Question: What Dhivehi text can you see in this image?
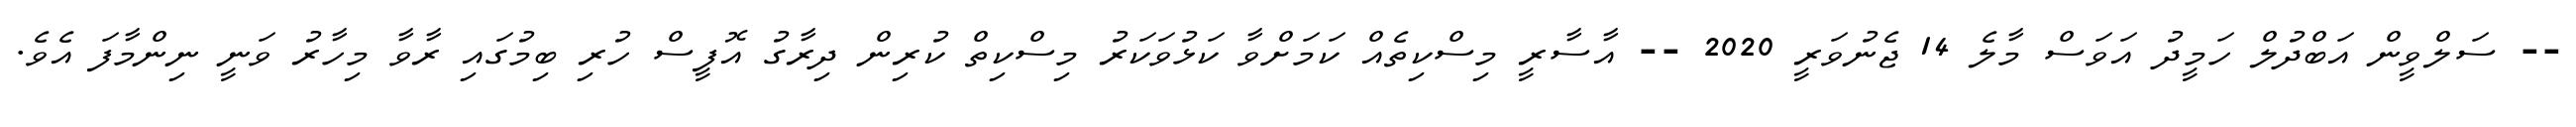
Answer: -- ސަލްވީން އަބްދުލް ހަމީދު އަވަސް މާލެ 14 ޖެނުވަރީ 2020 -- އާސާރީ މިސްކިތެއް ކަމަށްވާ ކަޅުވަކަރު މިސްކިތް ކުރިން ދިރާގު އޮފީސް ހުރި ބިމުގައި ރާވާ މިހާރު ވަނީ ނިންމާފަ އެވެ.